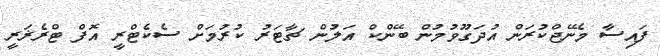
ފައިސާ މެނޭޖްކުރަން އުދަގޫވުމުން ބޭންކް އަލުން ޗާޓަރު ކުރުމަށް ސެކެޓްރީ އޮފް ޓްރެޜަރީ